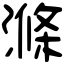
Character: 滌